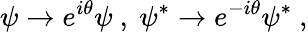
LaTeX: \psi\rightarrow e^{i\theta}\psi\ ,\ \psi^{*}\rightarrow e^{-i\theta}\psi^{*}~,